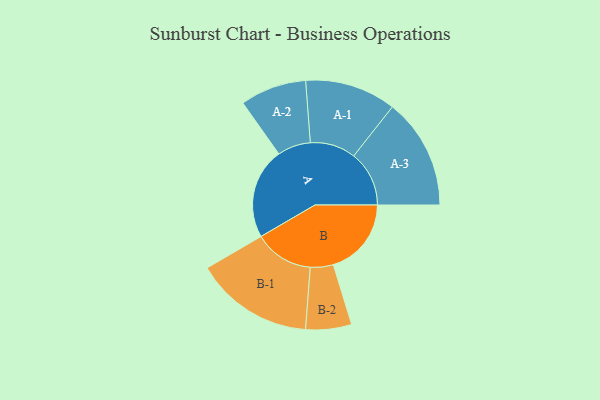
{"axis": {"x": "Segment", "y": "Value"}, "legend": ["", "A", "B"], "data": [{"x": "A", "y": 417, "type": ""}, {"x": "B", "y": 358, "type": ""}, {"x": "A-1", "y": 209, "type": "A"}, {"x": "A-2", "y": 152, "type": "A"}, {"x": "A-3", "y": 254, "type": "A"}, {"x": "B-1", "y": 272, "type": "B"}, {"x": "B-2", "y": 105, "type": "B"}]}